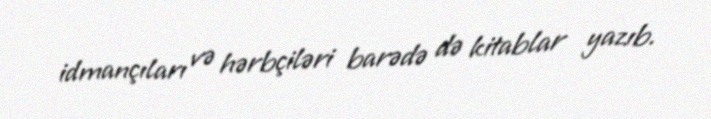
idmançıları və hərbçiləri barədə də kitablar yazıb.